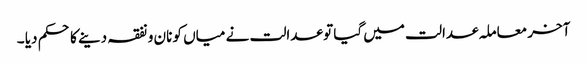
آخر معاملہ عدالت میں گیا تو عدالت نے میاں کو نان و نفقہ دینے کا حکم دیا ۔